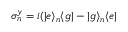
\sigma _ { n } ^ { y } = i ( | e \rangle _ { n } \langle g | - | g \rangle _ { n } \langle e |